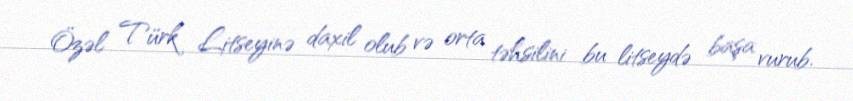
Özəl Türk Litseyinə daxil olub və orta təhsilini bu litseydə başa vurub.